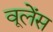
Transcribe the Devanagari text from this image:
वूलेंस